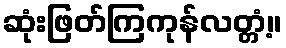
ဆုံးဖြတ်ကြကုန်လတ္တံ့။